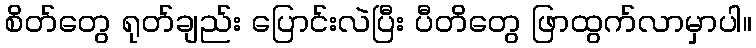
စိတ်တွေ ရုတ်ချည်း ပြောင်းလဲပြီး ပီတိတွေ ဖြာထွက်လာမှာပါ။